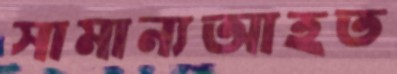
সামান্যআহত